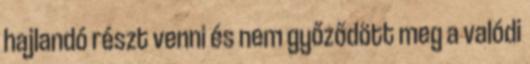
hajlandó részt venni és nem győződött meg a valódi